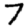
Digit: 7